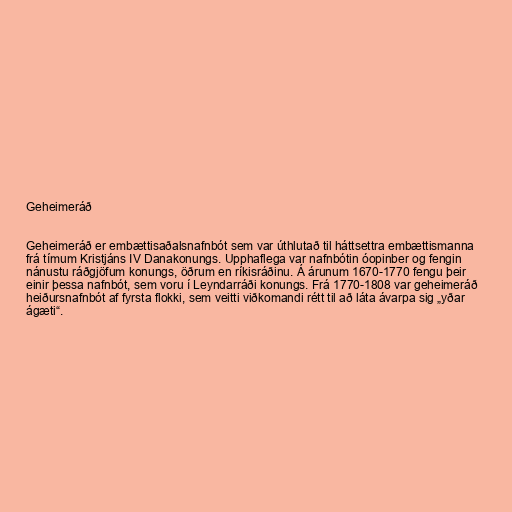
Geheimeráð

Geheimeráð er embættisaðalsnafnbót sem var úthlutað til háttsettra embættismanna
frá tímum Kristjáns IV Danakonungs. Upphaflega var nafnbótin óopinber og fengin
nánustu ráðgjöfum konungs, öðrum en ríkisráðinu. Á árunum 1670-1770 fengu þeir
einir þessa nafnbót, sem voru í Leyndarráði konungs. Frá 1770-1808 var geheimeráð
heiðursnafnbót af fyrsta flokki, sem veitti viðkomandi rétt til að láta ávarpa sig „yðar
ágæti“.